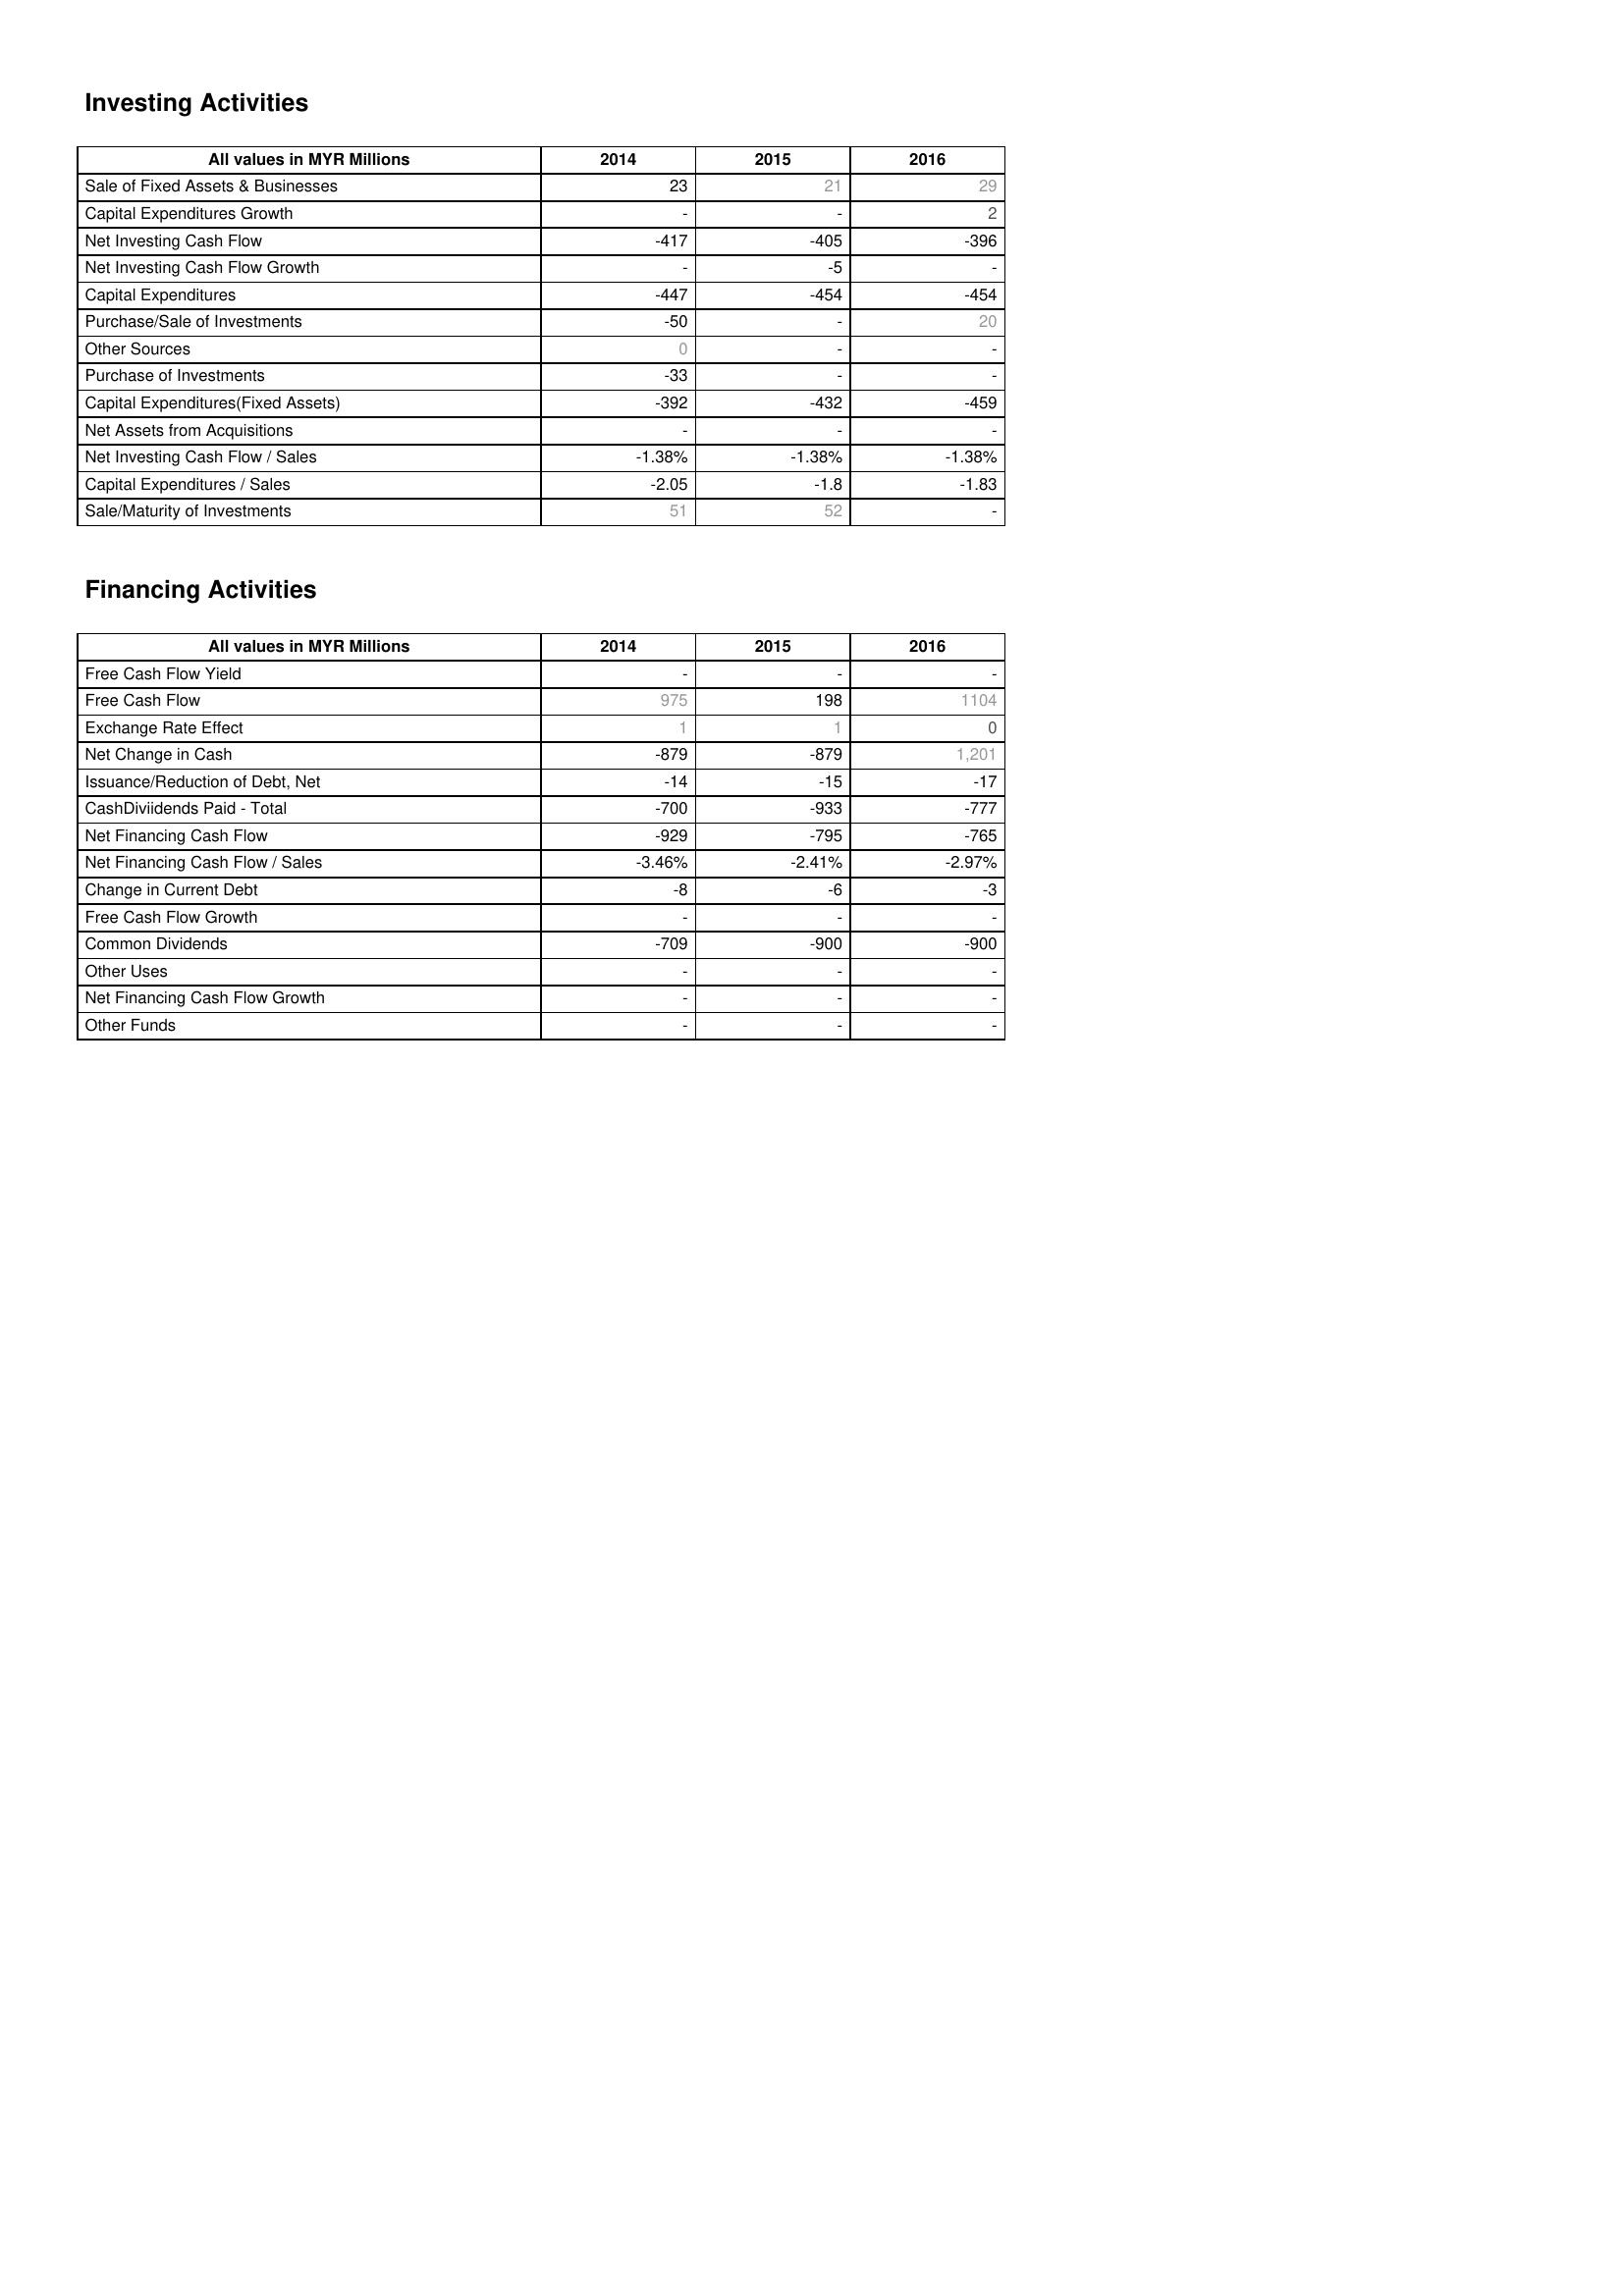
2014: Investing Activities: Sale of Fixed Assets & Businesses: 23
Capital Expenditures Growth: -
Net Investing Cash Flow: -417
Net Investing Cash Flow Growth: -
Capital Expenditures: -447
Purchase/Sale of Investments: -50
Other Sources: 0
Purchase of Investments: -33
Capital Expenditures(Fixed Assets): -392
Net Assets from Acquisitions: -
Net Investing Cash Flow / Sales: -1.38%
Capital Expenditures / Sales: -2.05
Sale/Maturity of Investments: 51
Financing Activities: Free Cash Flow Yield: -
Free Cash Flow: 975
Exchange Rate Effect: 1
Net Change in Cash: -879
Issuance/Reduction of Debt, Net: -14
CashDiviidends Paid - Total: -700
Net Financing Cash Flow: -929
Net Financing Cash Flow / Sales: -3.46%
Change in Current Debt: -8
Free Cash Flow Growth: -
Common Dividends: -709
Other Uses: -
Net Financing Cash Flow Growth: -
Other Funds: -
2015: Investing Activities: Sale of Fixed Assets & Businesses: 21
Capital Expenditures Growth: -
Net Investing Cash Flow: -405
Net Investing Cash Flow Growth: -5
Capital Expenditures: -454
Purchase/Sale of Investments: -
Other Sources: -
Purchase of Investments: -
Capital Expenditures(Fixed Assets): -432
Net Assets from Acquisitions: -
Net Investing Cash Flow / Sales: -1.38%
Capital Expenditures / Sales: -1.8
Sale/Maturity of Investments: 52
Financing Activities: Free Cash Flow Yield: -
Free Cash Flow: 198
Exchange Rate Effect: 1
Net Change in Cash: -879
Issuance/Reduction of Debt, Net: -15
CashDiviidends Paid - Total: -933
Net Financing Cash Flow: -795
Net Financing Cash Flow / Sales: -2.41%
Change in Current Debt: -6
Free Cash Flow Growth: -
Common Dividends: -900
Other Uses: -
Net Financing Cash Flow Growth: -
Other Funds: -
2016: Investing Activities: Sale of Fixed Assets & Businesses: 29
Capital Expenditures Growth: 2
Net Investing Cash Flow: -396
Net Investing Cash Flow Growth: -
Capital Expenditures: -454
Purchase/Sale of Investments: 20
Other Sources: -
Purchase of Investments: -
Capital Expenditures(Fixed Assets): -459
Net Assets from Acquisitions: -
Net Investing Cash Flow / Sales: -1.38%
Capital Expenditures / Sales: -1.83
Sale/Maturity of Investments: -
Financing Activities: Free Cash Flow Yield: -
Free Cash Flow: 1104
Exchange Rate Effect: 0
Net Change in Cash: 1,201
Issuance/Reduction of Debt, Net: -17
CashDiviidends Paid - Total: -777
Net Financing Cash Flow: -765
Net Financing Cash Flow / Sales: -2.97%
Change in Current Debt: -3
Free Cash Flow Growth: -
Common Dividends: -900
Other Uses: -
Net Financing Cash Flow Growth: -
Other Funds: -